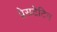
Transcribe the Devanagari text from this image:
प्रेसटेटिन